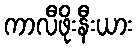
ကာလီဖိုးနီးယား